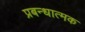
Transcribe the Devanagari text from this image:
प्रबन्धात्मक